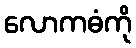
လောကဓံကို